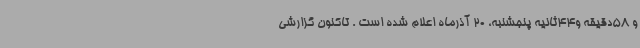
و 58دقیقه و44ثانیه پنجشنبه، 20 آذرماه اعلام شده است . تاکنون گزارشی